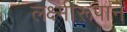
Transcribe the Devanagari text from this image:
लक्ष्मीरूपाने